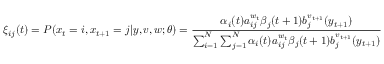
\xi _ { i j } ( t ) = P ( x _ { t } = i , x _ { t + 1 } = j | y , v , w ; \theta ) = { \frac { \alpha _ { i } ( t ) a _ { i j } ^ { w _ { t } } \beta _ { j } ( t + 1 ) b _ { j } ^ { v _ { t + 1 } } ( y _ { t + 1 } ) } { \sum _ { i = 1 } ^ { N } \sum _ { j = 1 } ^ { N } \alpha _ { i } ( t ) a _ { i j } ^ { w _ { t } } \beta _ { j } ( t + 1 ) b _ { j } ^ { v _ { t + 1 } } ( y _ { t + 1 } ) } }